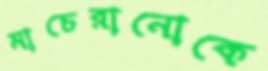
মাচেরানোকে